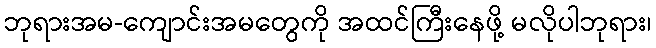
ဘုရားအမ-ကျောင်းအမတွေကို အထင်ကြီးနေဖို့ မလိုပါဘုရား၊